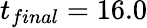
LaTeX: t_{final}=16.0